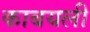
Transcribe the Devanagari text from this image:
काबयली